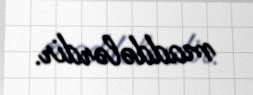
maddələrdir.